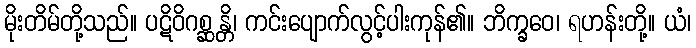
မိုးတိမ်တို့သည်။ ပဋိဝိဂစ္ဆန္တိ၊ ကင်းပျောက်လွင့်ပါးကုန်၏။ ဘိက္ခဝေ၊ ရဟန်းတို့။ ယံ၊